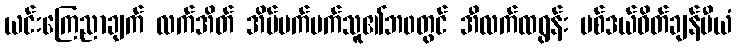
ယင်းကြေညာချက် လက်အိတ် အိပ်မက်မက်သူ၏ဘ၀တွင် အီလက်ထရွန်း မစ်ဒယ်ဝိတ်ချန်ပီယံ